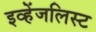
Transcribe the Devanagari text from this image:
इव्हेंजलिस्ट